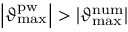
\left| \vartheta _ { \mathrm { m a x } } ^ { \mathrm { p w } } \right| > \left| \vartheta _ { \mathrm { m a x } } ^ { \mathrm { n u m } } \right|